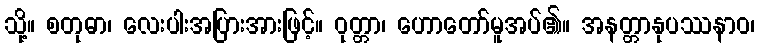
သို့။ စတုဓာ၊ လေးပါးအပြားအားဖြင့်။ ဝုတ္တာ၊ ဟောတော်မူအပ်၏။ အနတ္တာနုပဿနာဝ၊